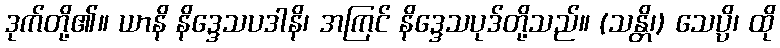
ဒုက်တို့၏။ ယာနိ နိဒ္ဒေသပဒါနိ၊ အကြင် နိဒ္ဒေသပုဒ်တို့သည်။ (သန္တိ၊) သေပ္ပိ၊ ထို